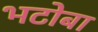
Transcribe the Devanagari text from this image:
भटोबा